King Institute of Preventive Medicine Bacteriolog. Section reports 1907-08
Year: 1907
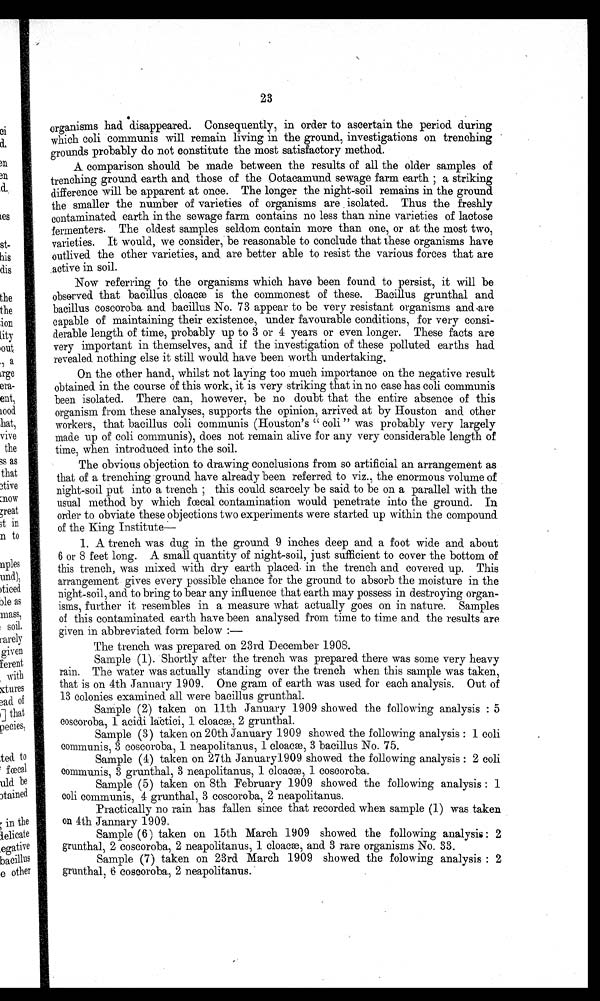
23
organisms had disappeared. Consequently, in order to ascertain the period during
which coli communis will remain living in the ground, investigations on trenching '
grounds probably do not constitute the most satisfactory method.
A comparison should be made between the results of all the older samples of
trenching ground earth and. those of the Ootacamund sewage farm earth ; a striking
difference will be apparent at once. The longer the night-soil remains in the ground
the smaller the number of varieties of organisms are . isolated. Thus the freshly
contaminated earth in the sewage farm contains no less than nine varieties of lactose
fermenters . The oldest samples seldom contain more than one, or at the most two,
varieties. It would, we consider, be reasonable to conclude that these organisms have
outlived the other varieties, and are better able to resist the various forces that are
.active in soil.
Now referring to the organisms which have been -found to persist, it will be
observed that bacillus . cloaca is the commonest of these. Bacillus grunthal and
bacillus coscoroba and bacillus No. 73 appear to be very resistant organisms and are
capable of maintaining their existence, under favourable conditions, for very consi-
derable length of time, probably up to 3 or 4 years or even longer. These facts are
very important in themselves, and if the investigation of these polluted earths had
revealed nothing else it still would have been worth undertaking,
On the other hand, whilst not laying too much importance on the negative result
obtained in the course of this work, it is very striking that in no case has coli communis
been isolated. There can, however, be no doubt that the entire absence of this
organism from these analyses, supports the opinion, arrived at by Houston and other
workers, that bacillus coli communis (Houston's " coli " was probably very largely
made up of coli communis), does not remain alive for any very considerable length of
time, when introduced into the soil.
The obvious objection to drawing conclusions from so artificial an arrangement as
that of a trenching ground have already been referred to viz., the enormous volume of
night-soil put into a trench ; this could scarcely be said to be on a parallel with the
usual method by which fecal contamination would penetrate into the ground. In
order to obviate these objections two experiments were started up within the compound
of the King Institute-
1. A trench was dug in the ground 9 inches deep and a foot wide and about
6 or 8 feet long. A small quantity of night-soil, just sufficient to cover the bottom of
this trench, was mixed with dry earth placed- in the trench and covered up. This
arrangement gives every possible chance for the ground to absorb the moisture in the
night-soil, and to bring to bear any influence that earth may possess in destroying organ-
isms, further it resembles in a measure what actually goes on in nature. Samples
of this contaminated earth have been analysed from time to time and the results are
given in abbreviated form below :—
The trench was prepared. on 23rd December 1908.
Sample (1). Shortly after the trench was prepared there was some very heavy
rain. The water was actually standing over the trench when this sample was taken,
that is on 4th January 1909. One gram of earth was used for each analysis. Out of
13 colonies examined all were bacillus grunthal.
Sample (2) taken on 11th January 1909 showed the following analysis : 5
coscoroba, 1 acidi lactici, cloacae, 2 grunthal.
Sample (3) taken on 20th January 1909 showed the following analysis : 1 coli
communis, 3 coscoroba, 1 neapolitanus, 1 cloaca, 3 bacillus No. 75.
Sample (4) taken on 27th January1909 showed the following analysis : 2 coli
Communis, 3 grunthal, 3 neapolitanus, 1 cloacm, 1 coscoroba.
Sample (5) taken on 8th February 1909 showed the following analysis : 1
Coli communis, 4 grunthal, 3 coscoroba, 2 neapolitanus.
Practically no rain has fallen since that recorded when sample (1) was taken
on 4th Jannary 1909.
Sample (6) taken on 15th March 1909 showed the following analysis : 2
grunthal, 2 coscoroba, 2 neapolitanus, 1 cloaca, and 3 rare organisms No. 33.
Sample (7) taken on 23rd March 1909 showed the folowing analysis : 2
grunthal 6 coseoroba, 2 neapolitanus.